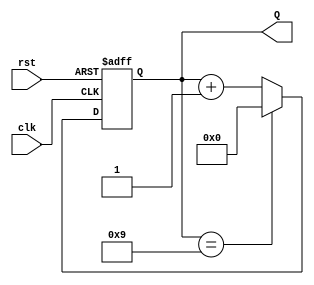
module decade_counter (
    input wire clk,        // Clock input
    input wire rst,        // Asynchronous reset input
    output reg [3:0] Q     // 4-bit output for the count
);

// Always block triggered on the rising edge of the clock or when reset is activated
always @(posedge clk or posedge rst) begin
    if (rst) begin
        Q <= 4'b0000;     // Reset the counter to 0
    end else begin
        if (Q == 4'b1001) begin
            Q <= 4'b0000; // Wrap around to 0 when count exceeds 9
        end else begin
            Q <= Q + 1;   // Increment the counter
        end
    end
end

endmodule